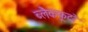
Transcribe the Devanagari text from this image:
ब्लैकफूटों